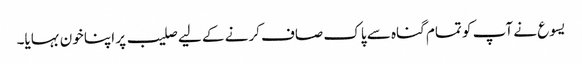
یسوع نے آپ کو تمام گناہ سے پاک صاف کرنے کے لیے صلیب پر اپنا خون بہایا۔